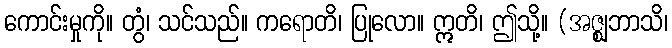
ကောင်းမှုကို။ တွံ၊ သင်သည်။ ကရောတိ၊ ပြုလော။ ဣတိ၊ ဤသို့။ (အဇ္ဈဘာသိ၊